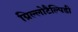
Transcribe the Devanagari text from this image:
ग्रिल्लोटैल्पिडी